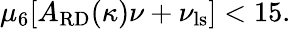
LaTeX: \mu_{6}[A_{\mathrm{RD}}(\kappa)\nu+\nu_{\mathrm{ls}}]<15.